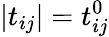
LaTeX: |t_{ij}|=t_{ij}^{0}